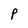
Character: P